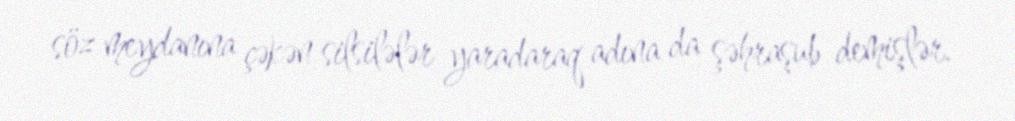
söz meydanına çəkən silsilələr yaradaraq adına da şəhraşub demişlər.